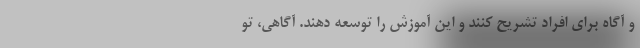
و آگاه برای افراد تشریح کنند و این آموزش را توسعه دهند. آگاهی، تو